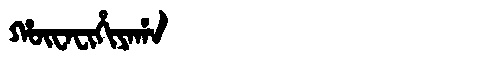
Manchu: ᡥᡡᠸᠠᠸᡳᡥᡳᠶᠠᡥᠠ
Romanization: HŪWAFIHIYAHA